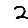
Digit: 2